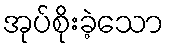
အုပ်စိုးခဲ့သော